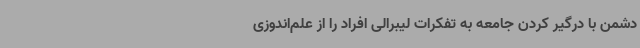
دشمن با درگیر کردن جامعه به تفکرات لیبرالی افراد را از علم‌اندوزی